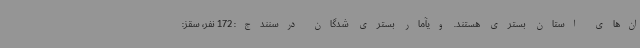
ان‌های استان بستری هستند. ویآمار بستری شدگان درسنندج: 172 نفر، سقز: